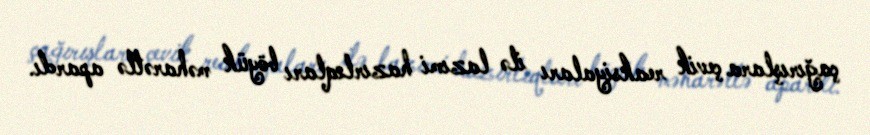
çağırışlara çevik reaksiyaları ilə lazımi hazırlıqları böyük məharətlə apardı.